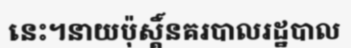
នេះ។នាយប៉ុស្តិ៍នគរបាលរដ្ឋបាល